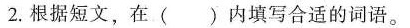
2.根据短文，在()内填写合适的词语。